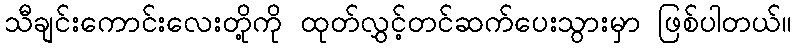
သီချင်းကောင်းလေးတို့ကို ထုတ်လွှင့်တင်ဆက်ပေးသွားမှာ ဖြစ်ပါတယ်။